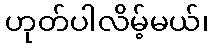
ဟုတ်ပါလိမ့်မယ်၊